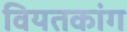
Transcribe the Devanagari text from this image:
वियतकांग